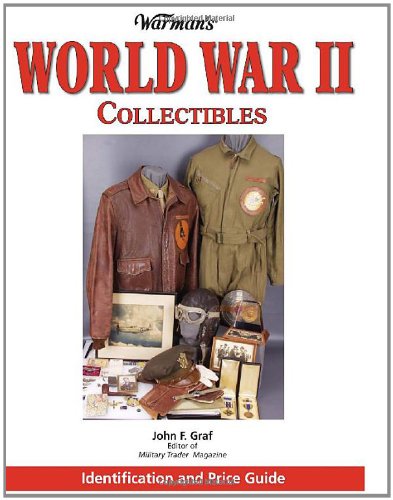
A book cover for Warman's World War II Collectibles: Identification and Price Guide; John Graf; Crafts, Hobbies & Home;